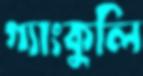
গ্যাংকুলি